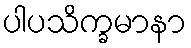
ပါပသိက္ခမာနာ